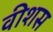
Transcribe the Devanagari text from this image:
वीशस